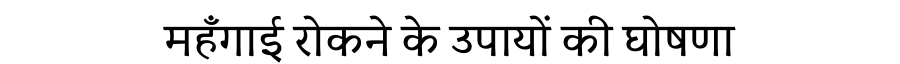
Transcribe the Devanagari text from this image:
महँगाई रोकने के उपायों की घोषणा